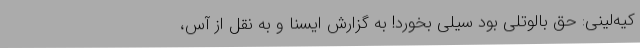
کیه‌لینی: حق بالوتلی بود سیلی بخورد! به گزارش ایسنا و به نقل از آس،